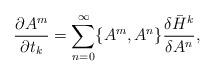
LaTeX: \begin{align*}\frac{\partial A^{m}}{\partial t_k}=\sum\limits_{n=0}^{\infty}\{A^m,A^n\}\frac{\delta \bar{H}^k}{\delta A^n},\end{align*}